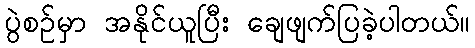
ပွဲစဉ်မှာ အနိုင်ယူပြီး ချေဖျက်ပြခဲ့ပါတယ်။